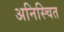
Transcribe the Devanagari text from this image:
अनिस्चित